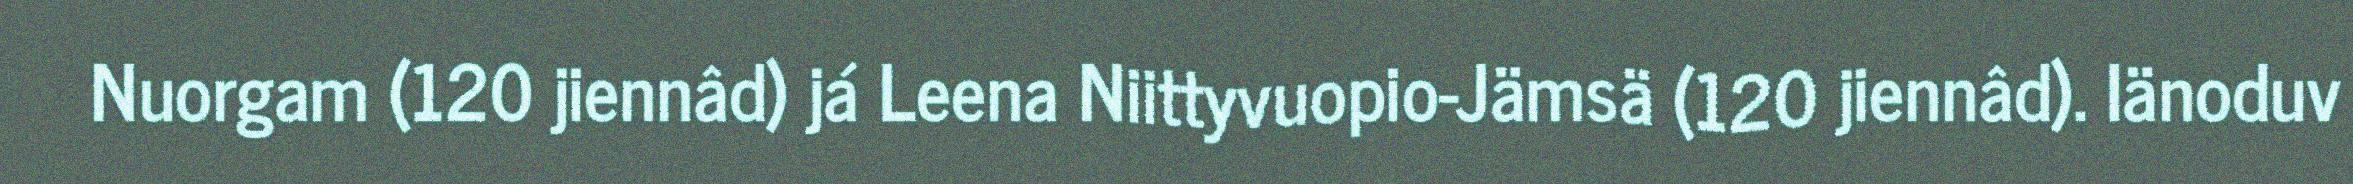
Nuorgam (120 jiennâd) já Leena Niittyvuopio-Jämsä (120 jiennâd). Iänoduv